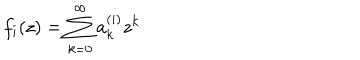
LaTeX: f _ { i } ( z ) = \sum _ { k = 0 } ^ { \infty } a _ { k } ^ { ( i ) } z ^ { k }